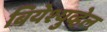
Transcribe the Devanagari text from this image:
बियेश्युव्हेल